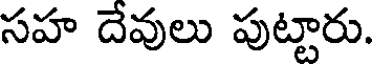
సహ దేవులు పుట్టారు.